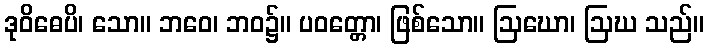
ဒုဝိဓေပိ၊ သော။ ဘဝေ၊ ဘဝ၌။ ပဝတ္တော၊ ဖြစ်သော။ ဩဃော၊ ဩဃ သည်။